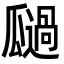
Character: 𭺚